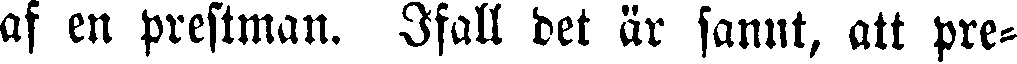
af en prestman. Ifall det är sannt, att pre-